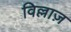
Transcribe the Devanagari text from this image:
विल्लाज़